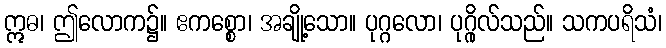
ဣဓ၊ ဤလောက၌။ ဧကစ္စော၊ အချို့သော။ ပုဂ္ဂလော၊ ပုဂ္ဂိုလ်သည်။ သကပရိသံ၊